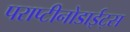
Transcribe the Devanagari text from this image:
पराप्टीनोडाईट्स